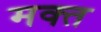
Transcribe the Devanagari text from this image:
मक्त